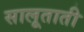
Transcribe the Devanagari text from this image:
सालूताती